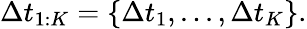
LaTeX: \begin{array}{r}{\Delta t_{1:K}=\left\{ \Delta t_{1},...,\Delta t_{K}\right\} .}\end{array}